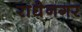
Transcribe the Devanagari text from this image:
राधेनगर